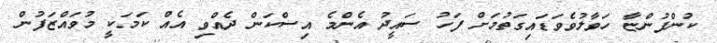
ކުންފުންޏާ ހަވާލުވެވަޑައިގަތުމަށް ފަހު ސައީދު އެންމެ އިސްކަން ދެއްވި އެއް ކަމަކީ މުވައްޒަފުން